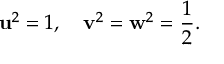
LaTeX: \mathbf { u } ^ { 2 } = 1 , \quad \mathbf { v } ^ { 2 } = \mathbf { w } ^ { 2 } = \frac { 1 } { 2 } .